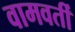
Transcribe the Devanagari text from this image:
वामवर्ती